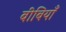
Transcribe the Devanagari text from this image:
बीबियाँ